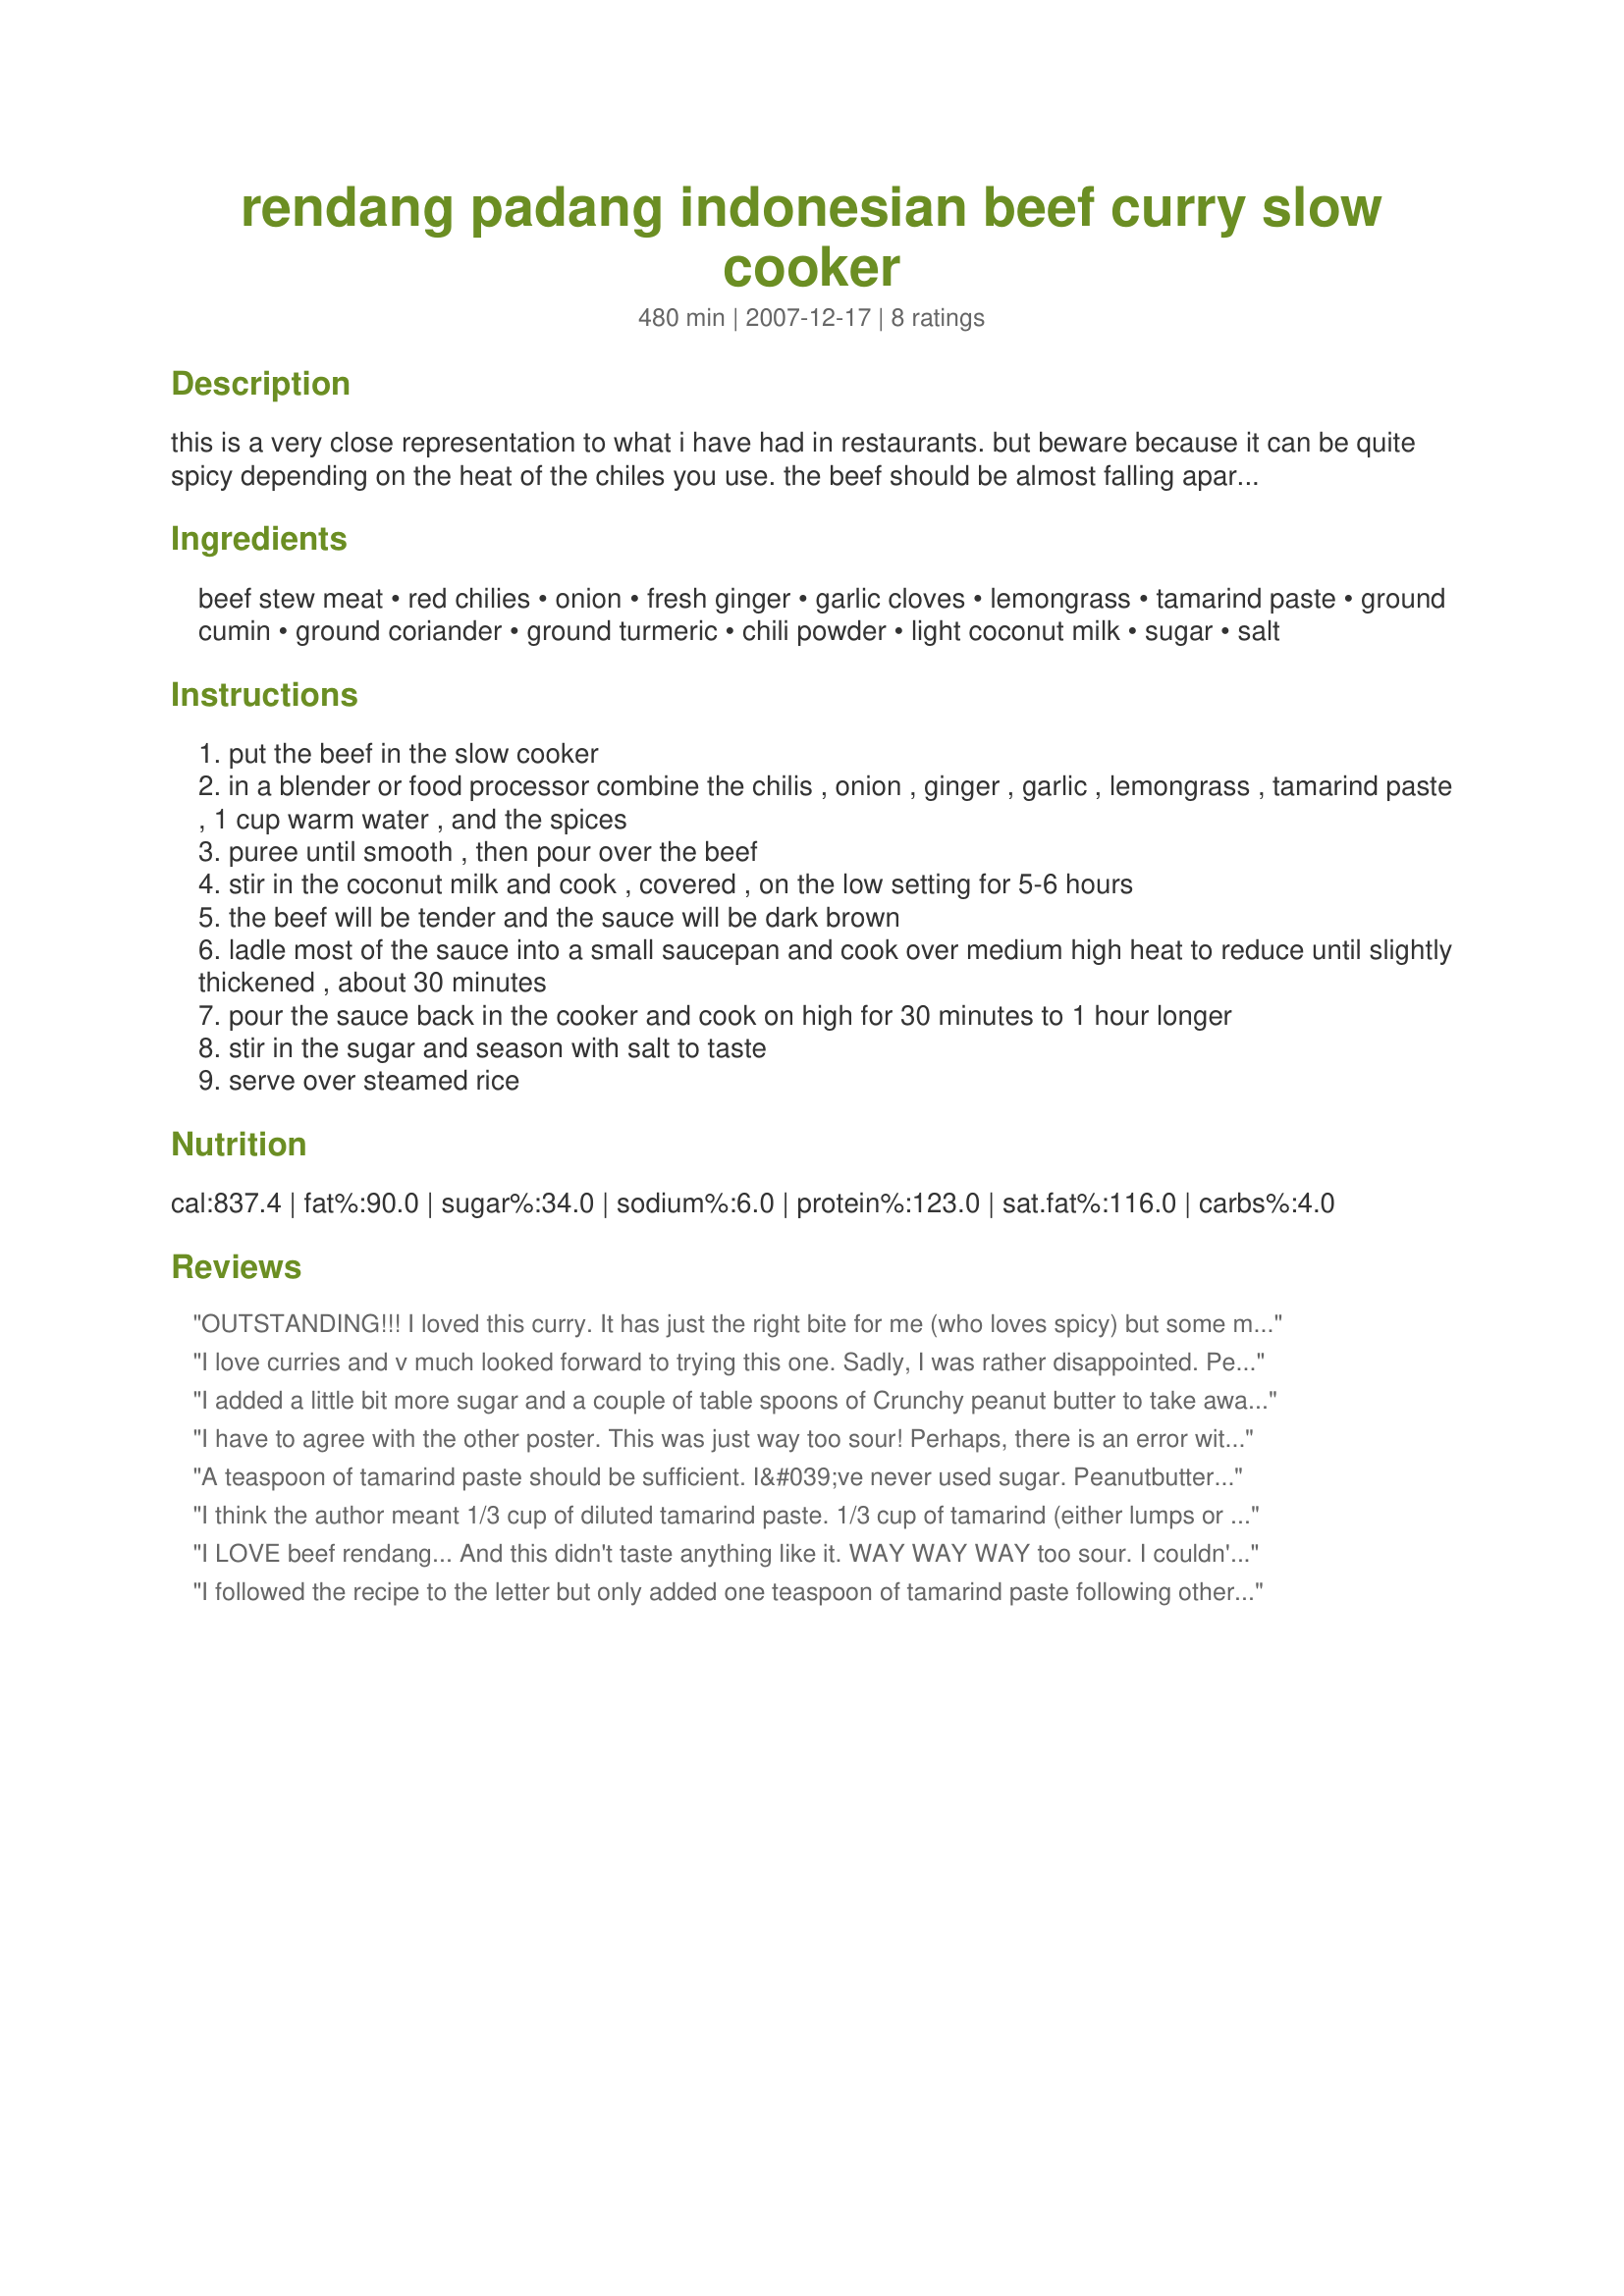
rendang padang indonesian beef curry slow cooker
Preparation time: 480 minutes

this is a very close representation to what i have had in restaurants. but beware because it can be quite spicy depending on the heat of the chiles you use. the beef should be almost falling apart. serve with steamed white rice and achar. from secrets of slow cooking.

Ingredients:
beef stew meat, red chilies, onion, fresh ginger, garlic cloves, lemongrass, tamarind paste, ground cumin, ground coriander, ground turmeric, chili powder, light coconut milk, sugar, salt

Steps:
put the beef in the slow cooker
in a blender or food processor combine the chilis , onion , ginger , garlic , lemongrass , tamarind paste , 1 cup warm water , and the spices
puree until smooth , then pour over the beef
stir in the coconut milk and cook , covered , on the low setting for 5-6 hours
the beef will be tender and the sauce will be dark brown
ladle most of the sauce into a small saucepan and cook over medium high heat to reduce until slightly thickened , about 30 minutes
pour the sauce back in the cooker and cook on high for 30 minutes to 1 hour longer
stir in the sugar and season with salt to taste
serve over steamed rice

Reviews:
OUTSTANDING!!! I loved this curry. It has just the right bite for me (who loves spicy) but some might want to cut back on the amount of chiles. The beef was so tender it almost dissolved in my mouth!!! Thanks so much for posting. ~Sue
I love curries and v much looked forward to trying this one. Sadly, I was rather disappointed. Perhaps tamarind pastes differ in strength, but as I diligently added the 1/3cup, I knew it was way too much... If I try this again, I will halve the tamarind (which I love). However, with 1/3 cup, this was rather overpoweringly sour with a hint of bitter. Will re-rate if I make it again.
I added a little bit more sugar and a couple of table spoons of Crunchy peanut butter to take away some of the sourness of the tamarind paste. the peanut butter maintained the rending subtle satay taste to it
I have to agree with the other poster. This was just way too sour! Perhaps, there is an error with the amount of tamarind that is suppose to be added?
A teaspoon of tamarind paste should be sufficient. I&#039;ve never used sugar. Peanutbutter??? I shudder at the thought. It takes away from the authenticity of the dish, Craig C. Rendang and Satay are two different animals. I was born in Indonesia and have been cooking Indonesian food all my adult life, so I know.
I think the author meant 1/3 cup of diluted tamarind paste.
1/3 cup of tamarind (either lumps or paste) will be waaaaaaaaaaaayyy too sour
I LOVE beef rendang... And this didn't taste anything like it. WAY WAY WAY too sour. I couldn't do anything to take out the sour. Maybe 1/2 a teaspoon of tamarind would have been enough, but 1/3 is WAY too much. It's all you can taste. I threw out the whole thing.
I followed the recipe to the letter but only added one teaspoon of tamarind paste following other reviews. The result was completely inedible - horrible bitter, thin sauce and far too much liquid. Had to throw it all away. Really disappointed.
